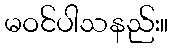
မဝင်ပါသနည်း။